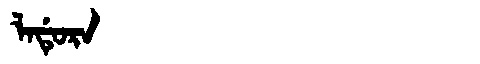
Manchu: ᠯᠠᡩᡠᡵᠠ
Romanization: LADURA